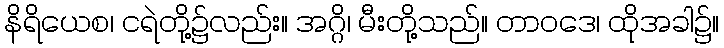
နိရိယေစ၊ ငရဲတို့၌လည်း။ အဂ္ဂိ၊ မီးတို့သည်။ တာဝဒေ၊ ထိုအခါ၌။